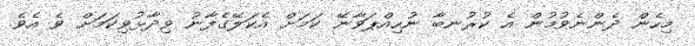
މިހެން ދެންނެވުމުން އެ ކުރުނބާ ނުހިއްޕަވާނޭ ކަމަށް އެކަލޭގެފާނު ވިދާޅުވިކަމަށް ވެ އެވެ.